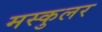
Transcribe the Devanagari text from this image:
मस्कुलर